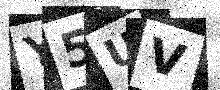
Text: Y5UV